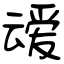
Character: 叆